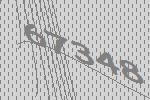
67348